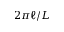
2 \pi \ell / L